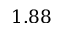
1 . 8 8